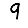
Digit: 9